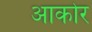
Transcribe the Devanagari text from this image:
आकोर